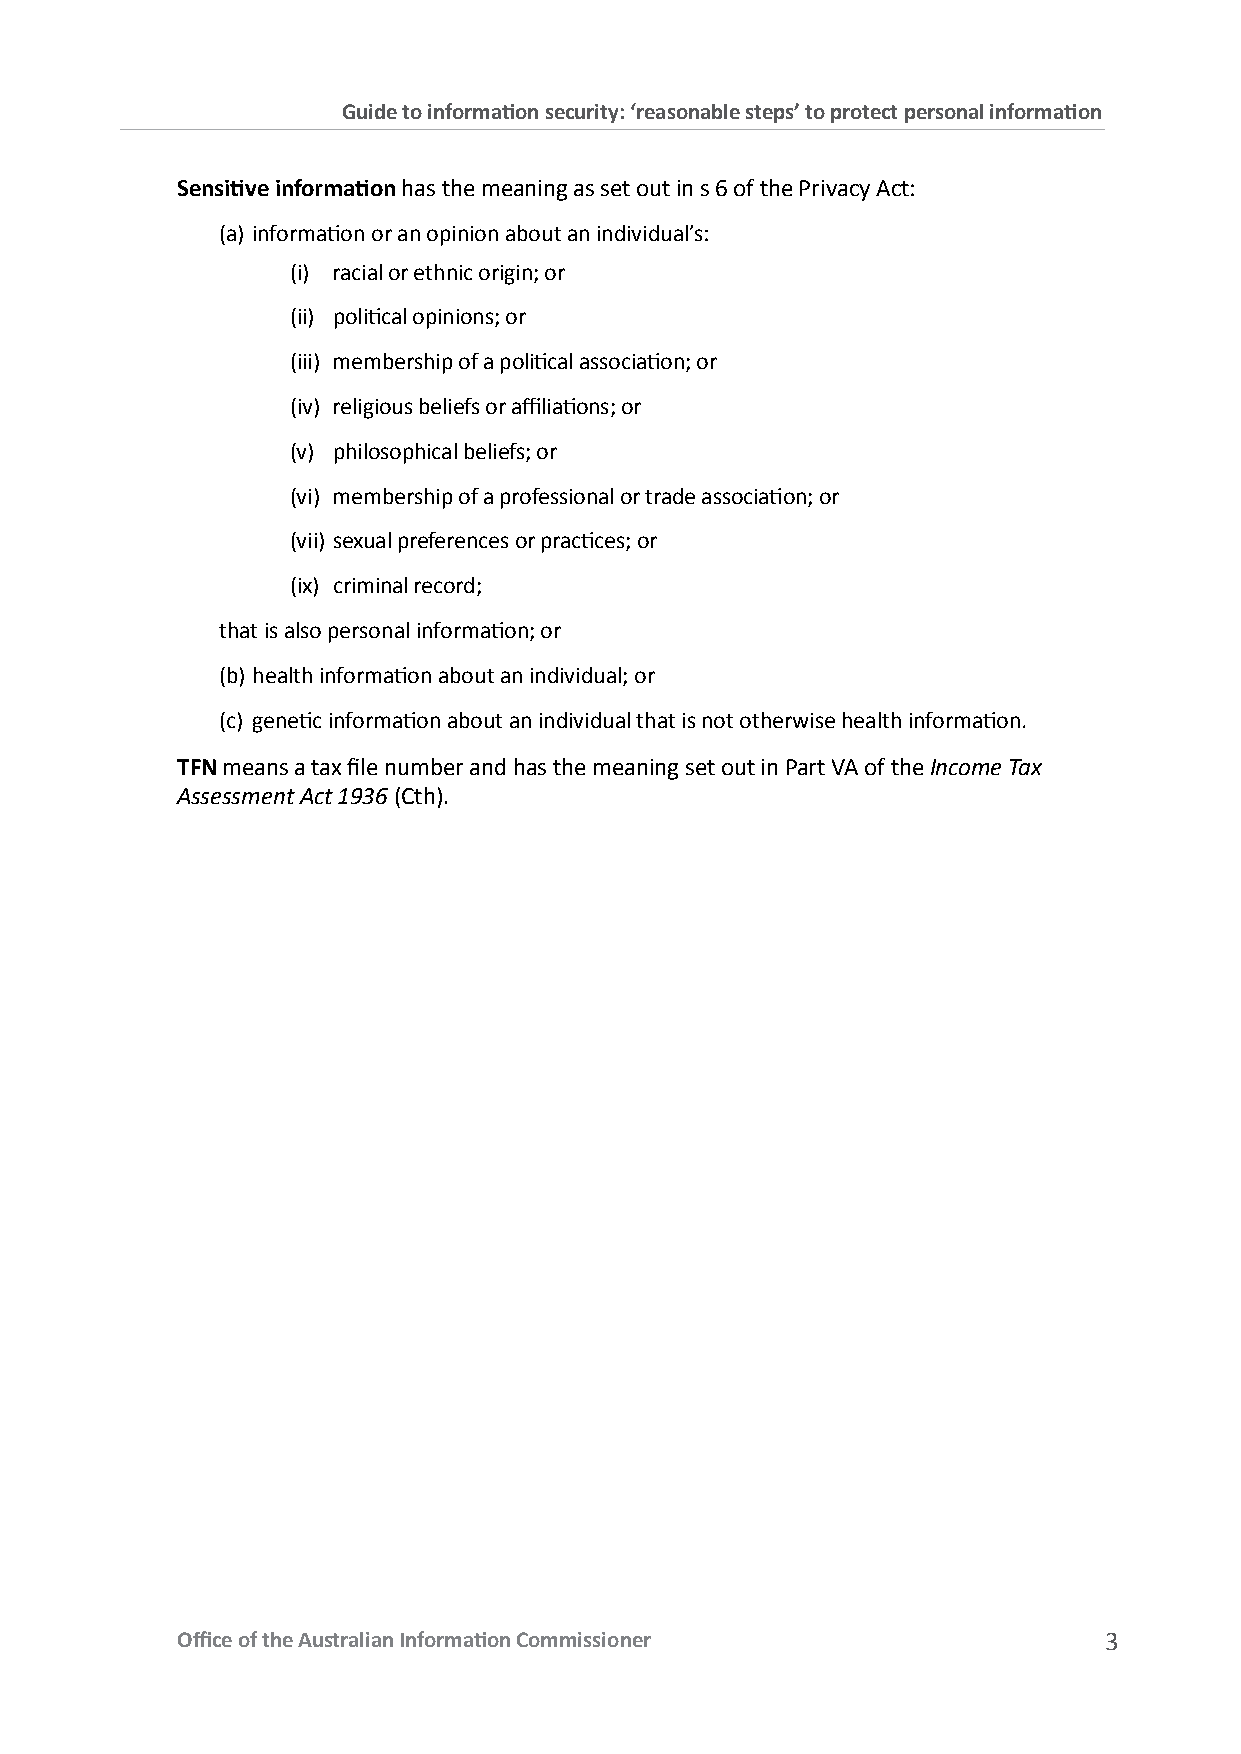
Guide to information security: ‘reasonable steps’ to protect personal information
 Sensitive information has the meaning as set out in s 6 of the Privacy Act:
 (a) information or an opinion about an individual’s:
 (i) racial or ethnic origin; or
 (ii) political opinions; or
 (iii) membership of a political association; or
 (iv) religious beliefs or affiliations; or
 (v) philosophical beliefs; or
 (vi) membership of a professional or trade association; or
 (vii) sexual preferences or practices; or
 (ix) criminal record;
 that is also personal information; or
 (b) health information about an individual; or
 (c) genetic information about an individual that is not otherwise health information.
 TFN means a tax file number and has the meaning set out in Part VA of the Income Tax
 Assessment Act 1936 (Cth).
 Office of the Australian Information Commissioner            3